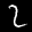
Label: 2